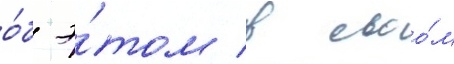
о́б э́том в своо́м